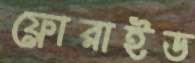
ফ্লোরাইড